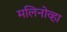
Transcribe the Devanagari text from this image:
मलिनोव्हा